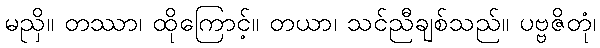
မညှိ။ တဿာ၊ ထိုကြောင့်။ တယာ၊ သင်ညီချစ်သည်။ ပဗ္ဗဇိတုံ၊